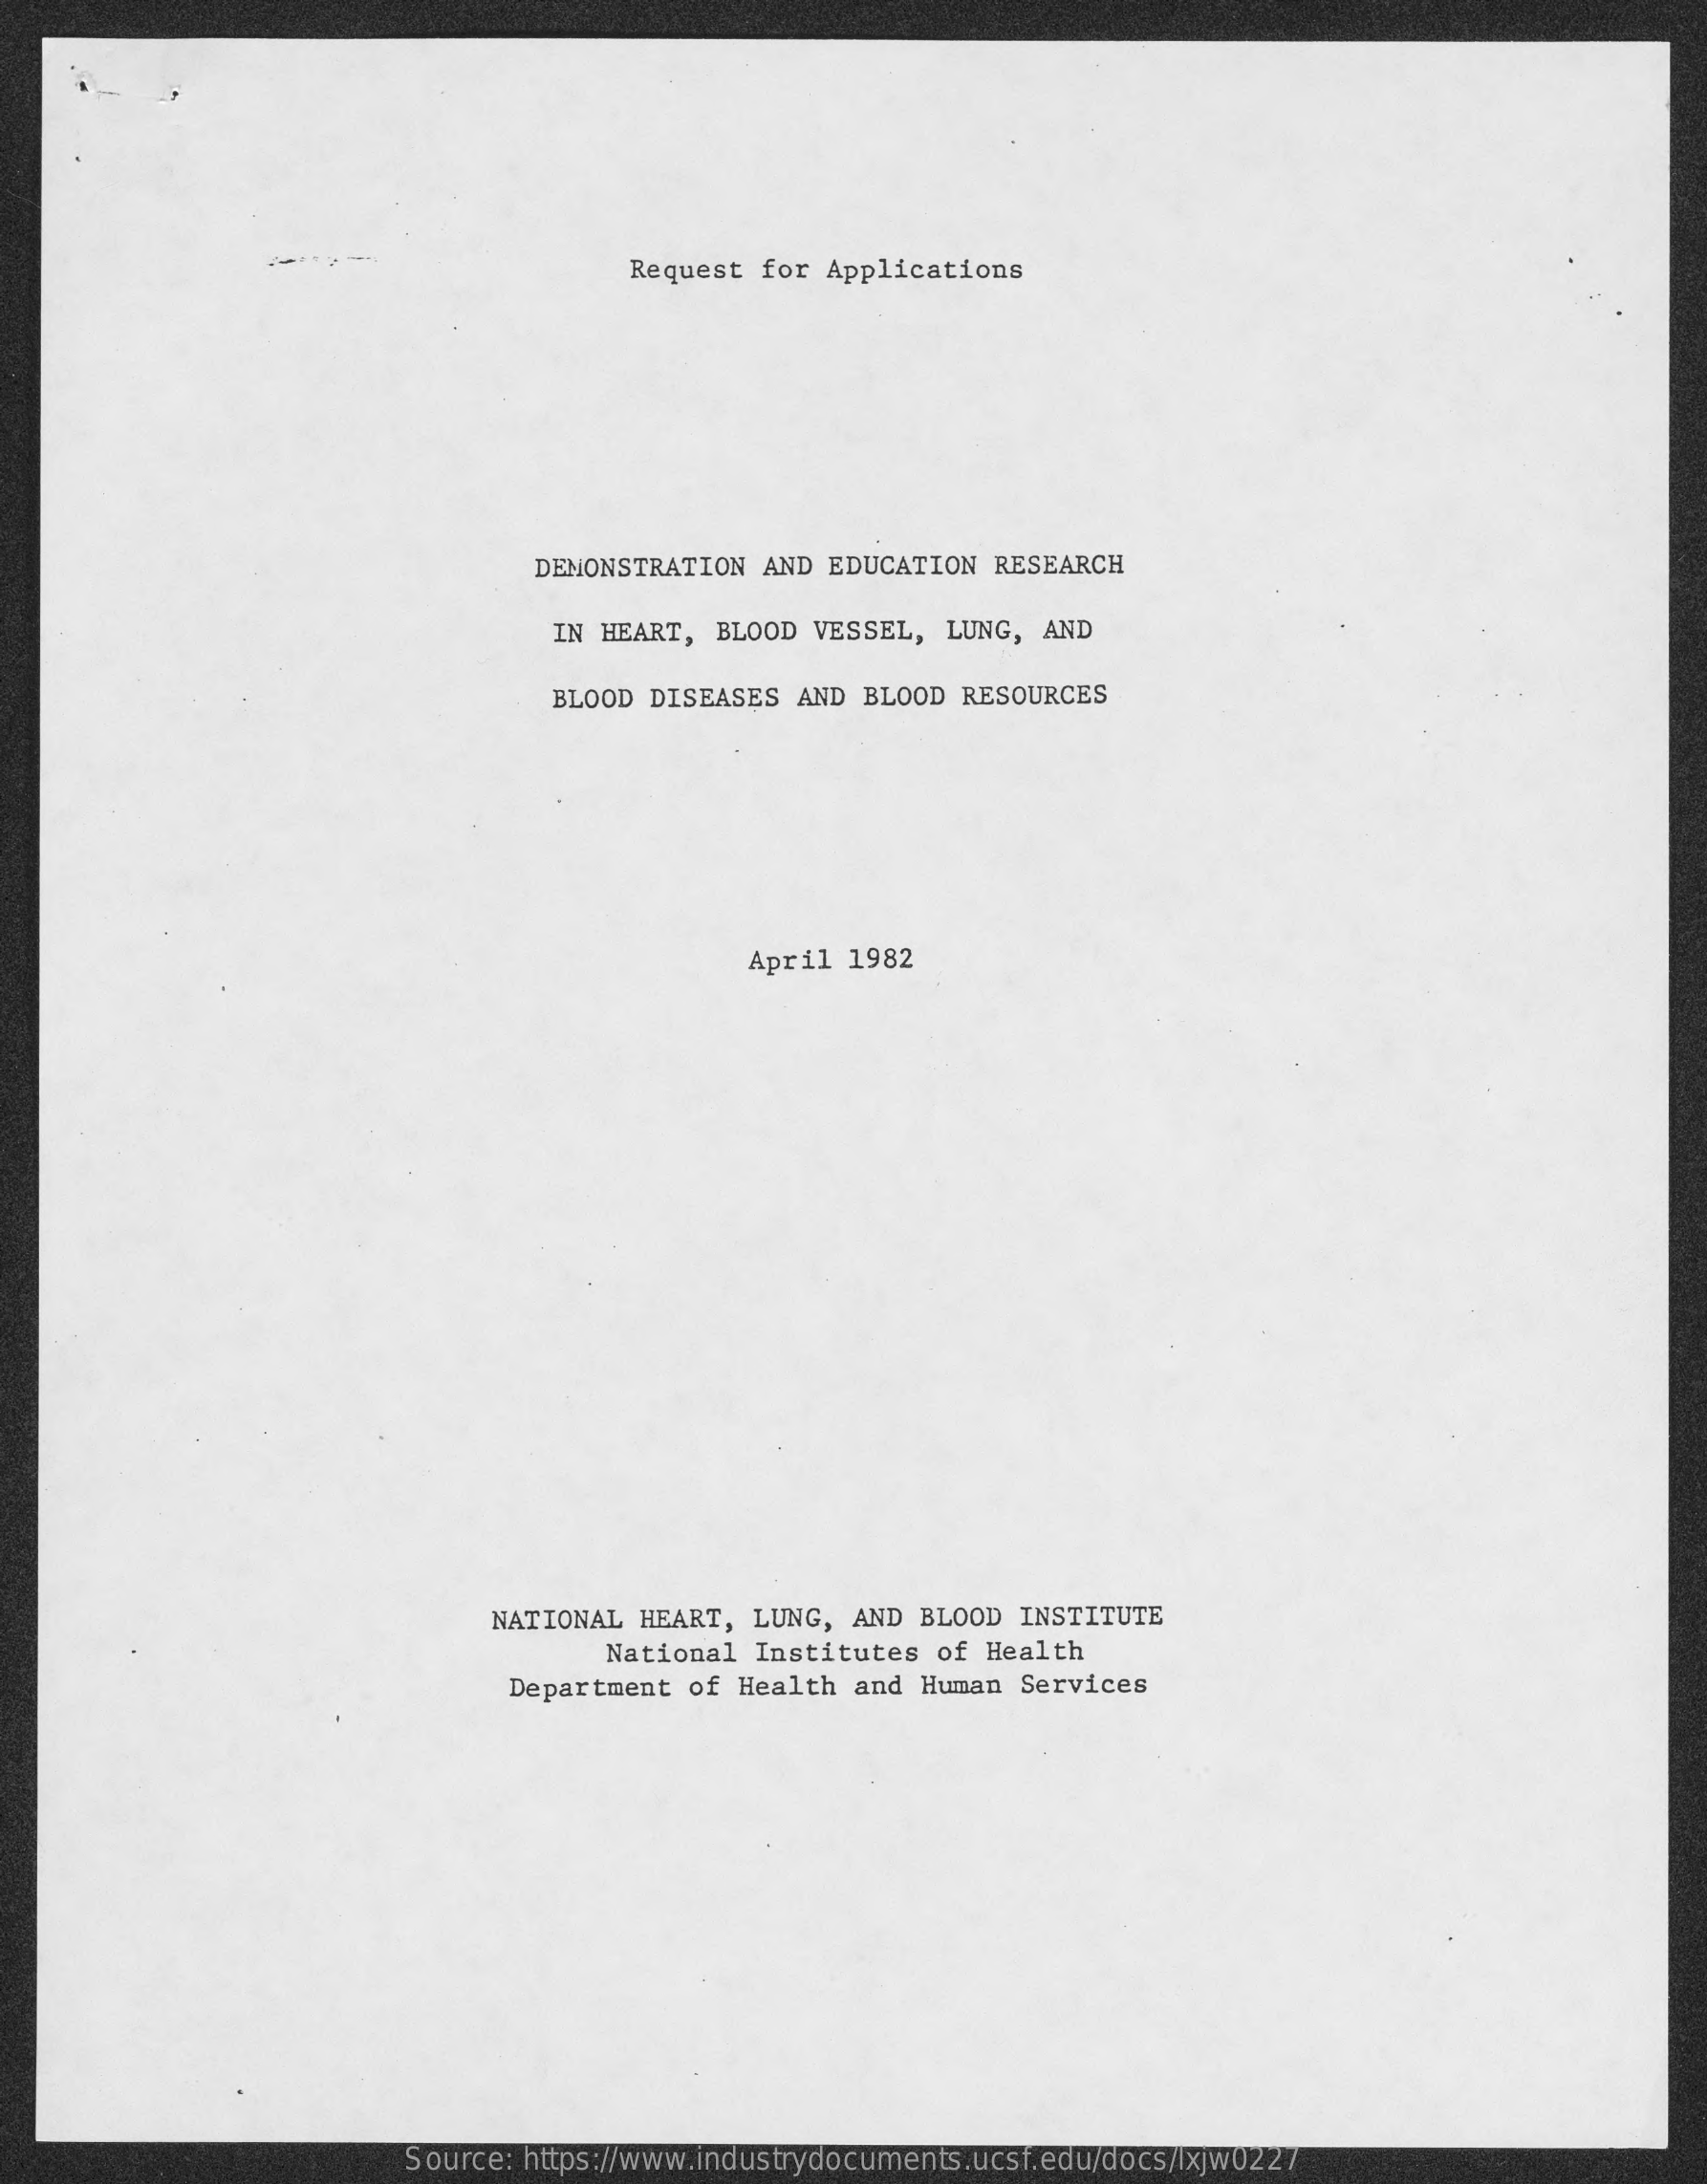
Request for Applications
     DEMONSTRATION  AND EDUCATION  RESEARCH
     IN HEART, BLOOD VESSEL,  LUNG,  AND
     BLOOD DISEASES  AND BLOOD RESOURCES
     April 1982
     NATIONAL  HEART,  LUNG, AND  BLOOD INSTITUTE
     National  Institutes  of Health
     Department of  Health and Human  Services
     Source: https://www.industrydocuments.ucsf.edu/docs/lxjw0227